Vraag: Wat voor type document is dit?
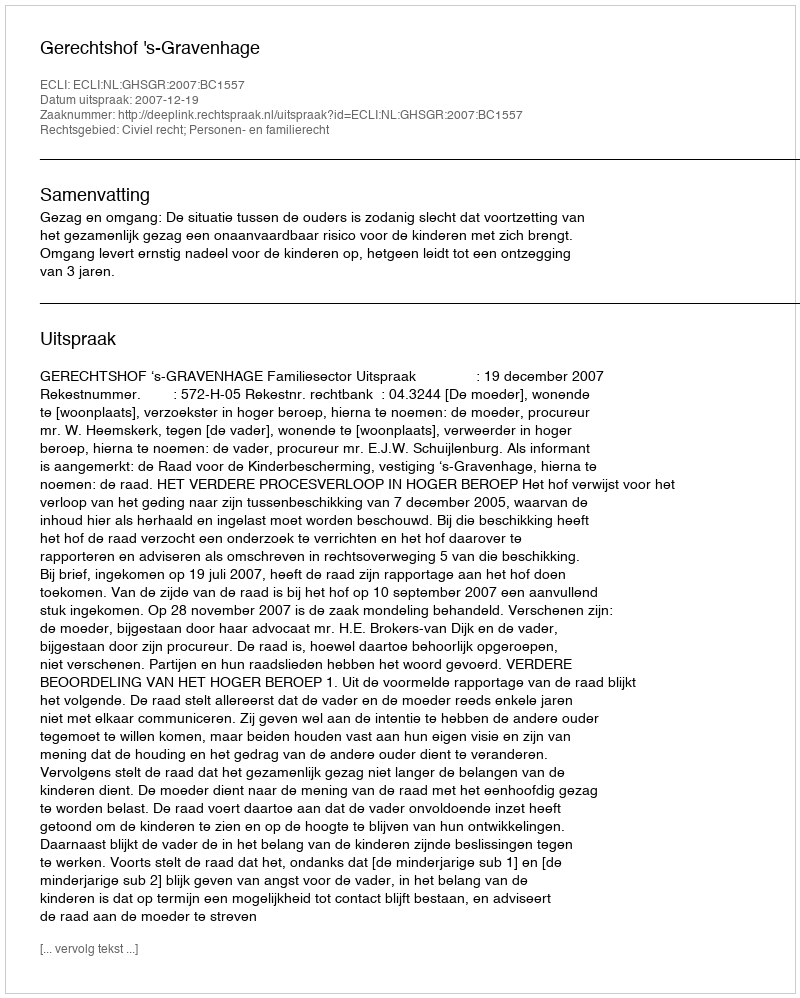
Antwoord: Uitspraak